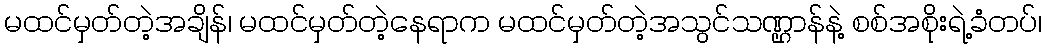
မထင်မှတ်တဲ့အချိန်၊ မထင်မှတ်တဲ့နေရာက မထင်မှတ်တဲ့အသွင်သဏ္ဌာန်နဲ့ စစ်အစိုးရဲ့ခံတပ်၊